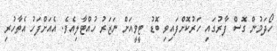
ހޯދަމުން ގޮސް ފާރުގައި ހަރުކޮށްފައިވި ބޮޑު ޓީވީއަށް ނަޒަރު ހުއްޓާލިއެވެ. އެއަށްފަހު އެތާހުރި